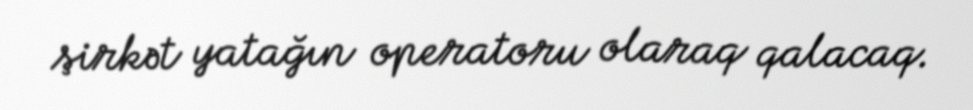
şirkət yatağın operatoru olaraq qalacaq.